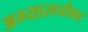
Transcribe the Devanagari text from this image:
अभ्यासचौकट